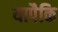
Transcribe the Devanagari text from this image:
यापैकि